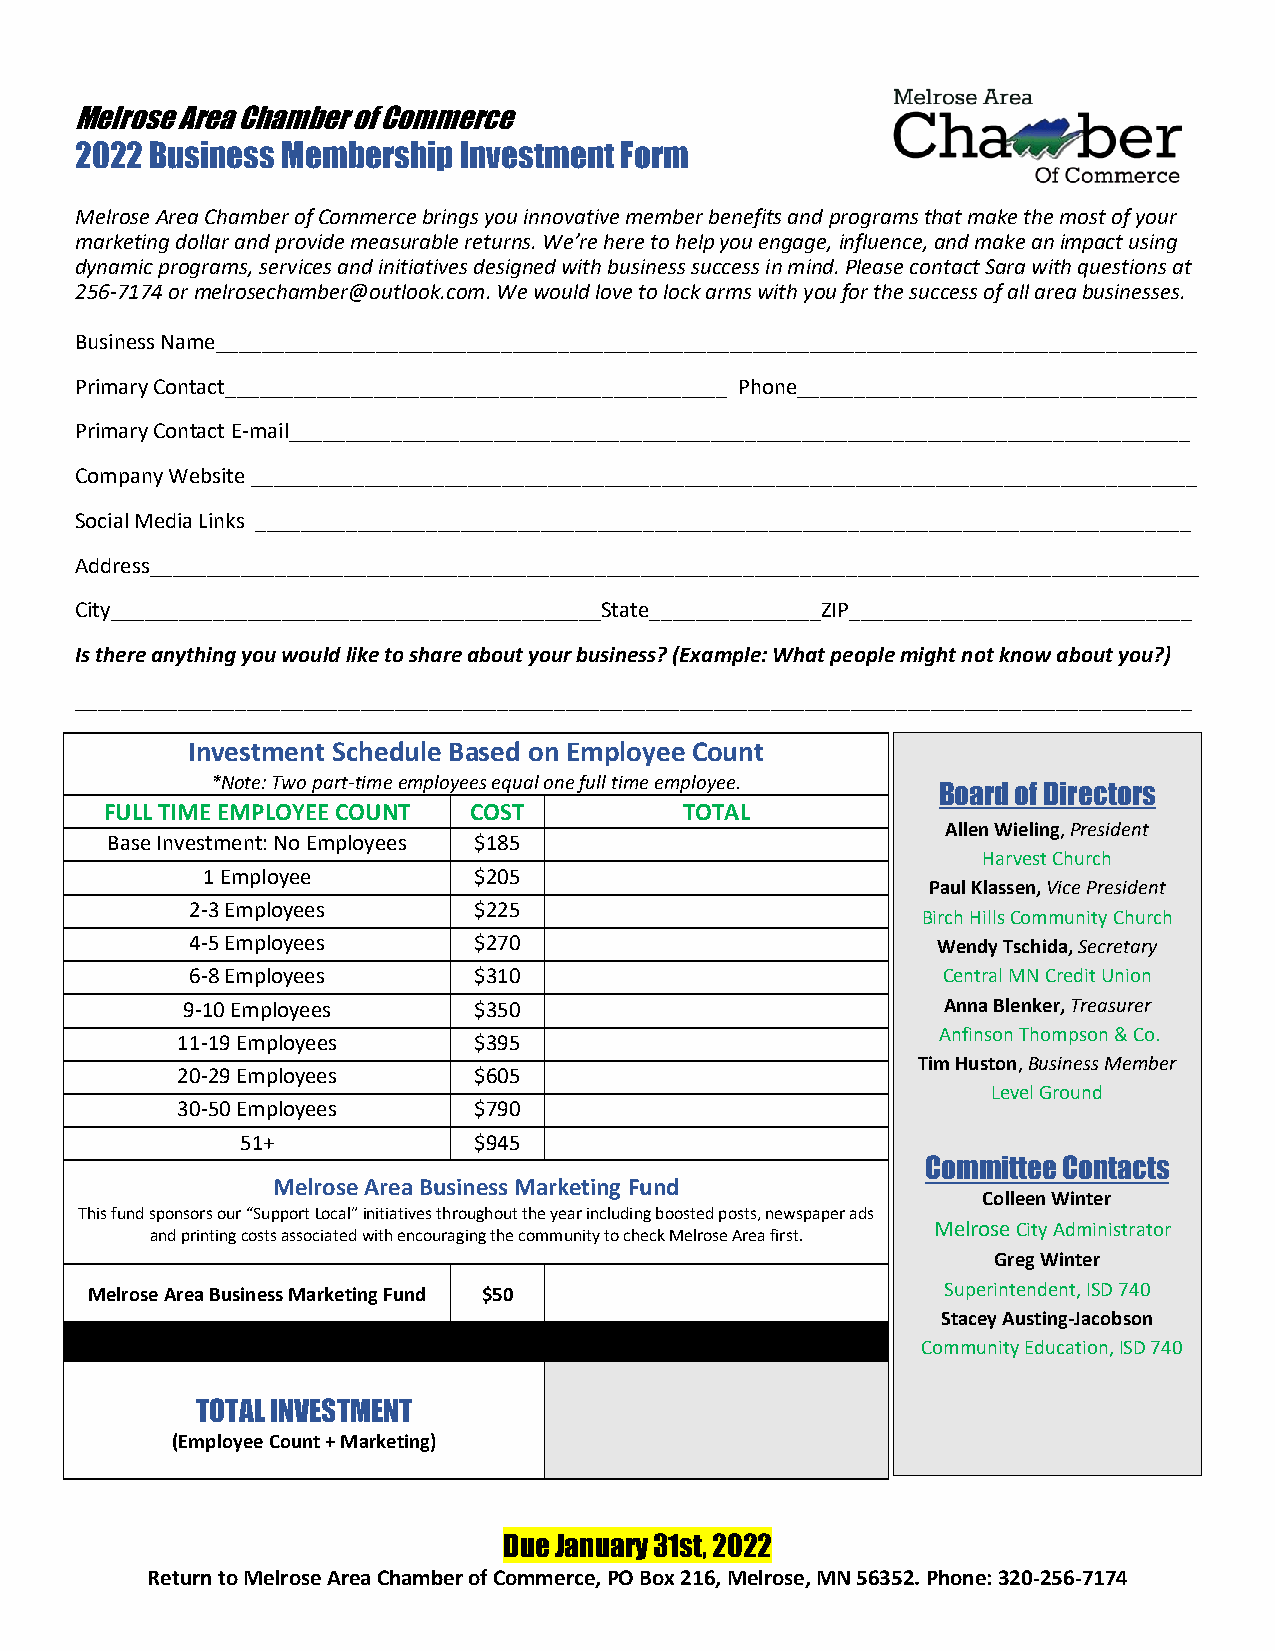
Melrose Area Chamber of Commerce
 2022 Business Membership Investment Form
 Melrose Area Chamber of Commerce brings you innovative member benefits and programs that make the most of your
 marketing dollar and provide measurable returns. We’re here to help you engage, influence, and make an impact using
 dynamic programs, services and initiatives designed with business success in mind. Please contact Sara with questions at
 256-7174 or melrosechamber@outlook.com. We would love to lock arms with you for the success of all area businesses.
 Business Name______________________________________________________________________________________
 Primary Contact____________________________________________ Phone___________________________________
 Primary Contact E-mail_______________________________________________________________________________
 Company Website ___________________________________________________________________________________
 Social Media Links __________________________________________________________________________________
 Address____________________________________________________________________________________________
 City___________________________________________State_______________ZIP______________________________
 Is there anything you would like to share about your business? (Example: What people might not know about you?)
 __________________________________________________________________________________________________
 Investment Schedule Based on Employee Count
 *Note: Two part-time employees equal one full time employee. Board of Directors
 FULL TIME EMPLOYEE COUNT COST         TOTAL
 Allen Wieling, President
 Base Investment: No Employees $185
 Harvest Church
 1 Employee        $205
 Paul Klassen, Vice President
 2-3 Employees      $225
 Birch Hills Community Church
 4-5 Employees      $270                           Wendy Tschida, Secretary
 6-8 Employees      $310                           Central MN Credit Union
 9-10 Employees     $350                           Anna Blenker, Treasurer
 Anfinson Thompson & Co.
 11-19 Employees    $395
 Tim Huston, Business Member
 20-29 Employees    $605
 Level Ground
 30-50 Employees    $790
 51+            $945
 Committee Contacts
 Melrose Area Business Marketing Fund
 Colleen Winter
 This fund sponsors our “Support Local” initiatives throughout the year including boosted posts, newspaper ads
 Melrose City Administrator
 and printing costs associated with encouraging the community to check Melrose Area first.
 Greg Winter
 Melrose Area Business Marketing Fund $50                 Superintendent, ISD 740
 Stacey Austing-Jacobson
 Community Education, ISD 740
 TOTAL INVESTMENT
 (Employee Count + Marketing)
 Due January 31st, 2022
 Return to Melrose Area Chamber of Commerce, PO Box 216, Melrose, MN 56352. Phone: 320-256-7174